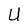
Character: U